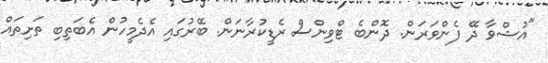
"އުޝްވާ ދޭ ފެންވަރަން. ދޮންބެ ޓްވިންސް ރެޑީކުރާނަން. ބޭރުގައި އެދެމީހުން އެބަތިބި ތަށިތައް